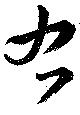
右